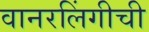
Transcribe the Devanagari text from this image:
वानरलिंगीची